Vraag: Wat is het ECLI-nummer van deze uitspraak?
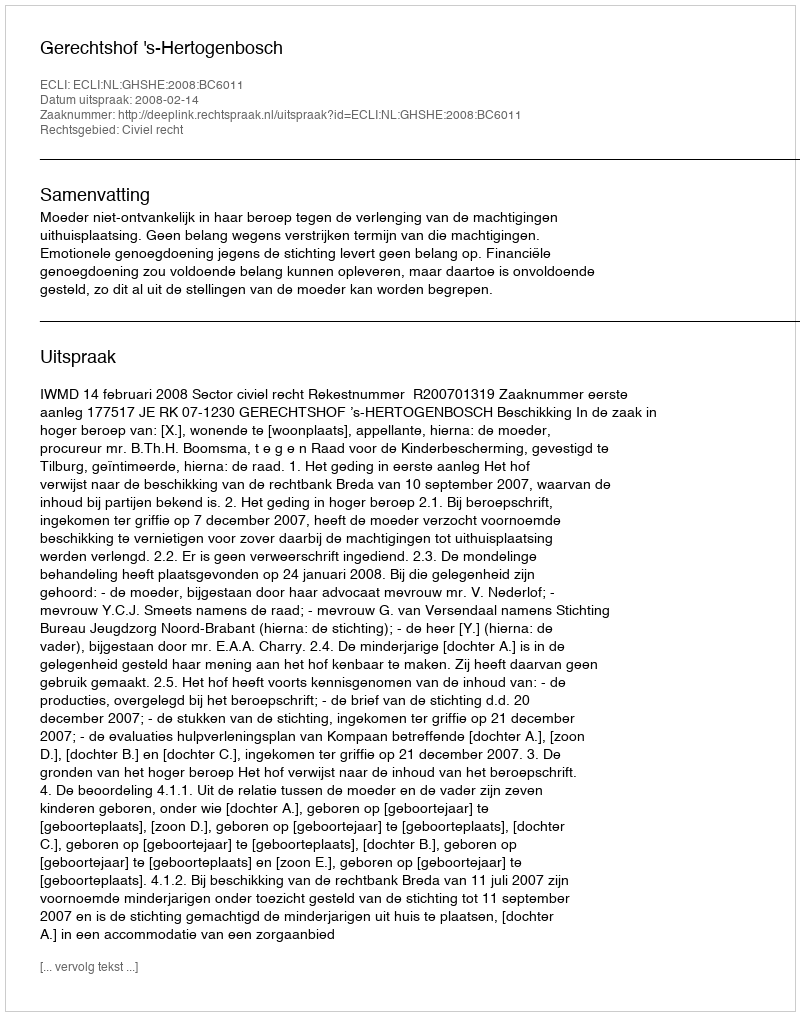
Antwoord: ECLI:NL:GHSHE:2008:BC6011